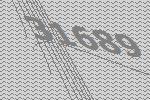
31689